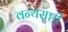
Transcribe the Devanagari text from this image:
वन्यसृष्टी